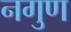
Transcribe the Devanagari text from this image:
नगुण